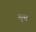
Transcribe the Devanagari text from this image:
तृत्स